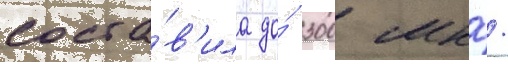
соста́в'ила до́ 300 мкр/